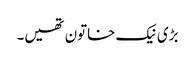
بڑی نیک خاتون تھیں۔